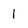
Character: 1